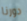
دورنا